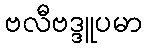
ဗလီဗဒ္ဒူပမာ